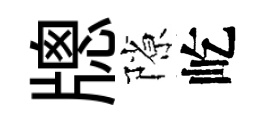
牕隙屹